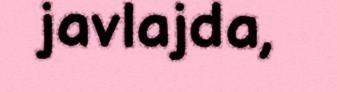
javlajda,